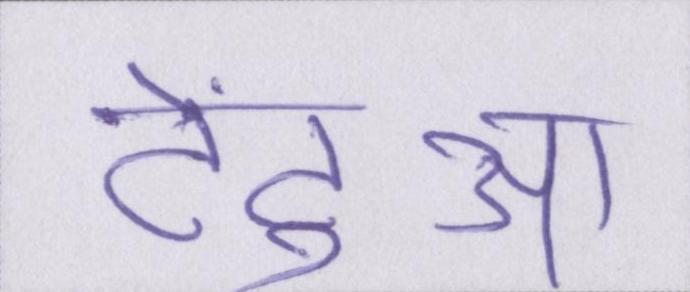
टेंटुआ